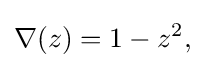
\nabla (z)=1-z^{2},\